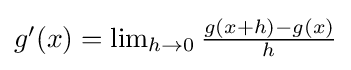
{\textstyle g^{\prime }(x)=\lim _{h\to 0}{\frac {g(x+h)-g(x)}{h}}}